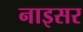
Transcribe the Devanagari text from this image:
नाइसर